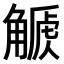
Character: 𧤫